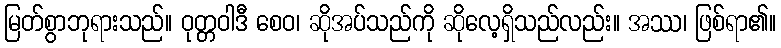
မြတ်စွာဘုရားသည်။ ဝုတ္တဝါဒီ စေဝ၊ ဆိုအပ်သည်ကို ဆိုလေ့ရှိသည်လည်း။ အဿ၊ ဖြစ်ရာ၏။